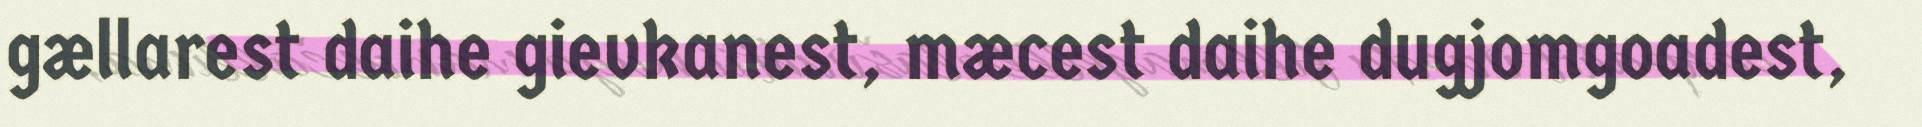
gællarest daihe gievkanest, mæcest daihe dugjomgoadest,